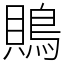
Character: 鵙